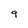
Character: 9